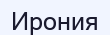
Ирония